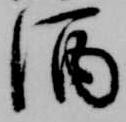
酒